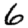
Digit: 6